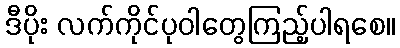
ဒီပိုး လက်ကိုင်ပုဝါတွေကြည့်ပါရစေ။